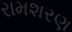
રામશરણ